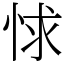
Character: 㤹